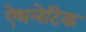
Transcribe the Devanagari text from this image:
ऐथलेटिक